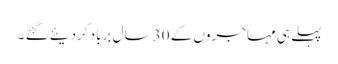
پہلے ہی مہاجروں کے 30 سال برباد کردیئے گئے ۔